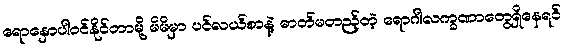
ရောနှောပါဝင်နိုင်တာမို့ မိမိမှာ ပင်လယ်စာနဲ့ ဓာတ်မတည့်တဲ့ ရောဂါလက္ခဏာတွေရှိနေရင်